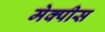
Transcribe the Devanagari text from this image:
मेक्पीस